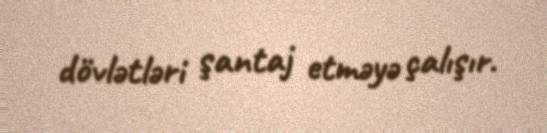
dövlətləri şantaj etməyə çalışır.